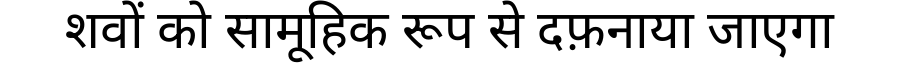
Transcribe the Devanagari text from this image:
शवों को सामूहिक रूप से दफ़नाया जाएगा